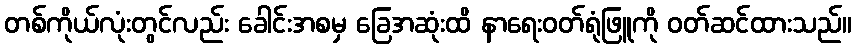
တစ်ကိုယ်လုံးတွင်လည်း ခေါင်းအစမှ ခြေအဆုံးထိ နာရေးဝတ်ရုံဖြူကို ဝတ်ဆင်ထားသည်။